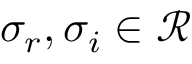
\sigma _ { r } , \sigma _ { i } \in \mathcal { R }